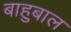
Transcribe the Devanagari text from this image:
बाहुबाल